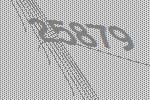
25879